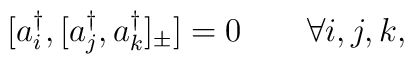
[a^{\dagger}_i,[a^{\dagger}_j,a^{\dagger}_k]_{\pm}]=0 \qquad \forall i,j,k ,